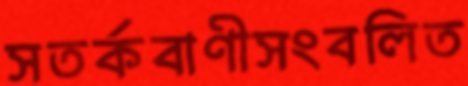
সতর্কবাণীসংবলিত